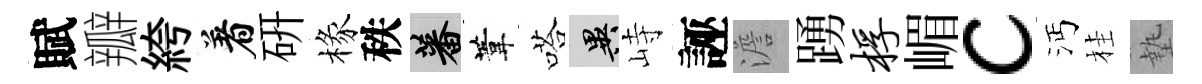
賦瓣絝着硏椽秩蕃葦嗒异峙誣澹踴桴嵋c沔桂墊